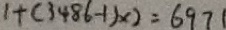
1 + ( 3 4 8 6 - 1 ) \times 2 = 6 9 7 1